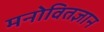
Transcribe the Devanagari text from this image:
मनोवितज्ञान